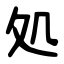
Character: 処